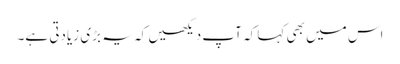
اس میں بھی کہا کہ آپ دیکھیں کہ یہ بڑی زیادتی ہے۔